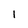
Character: 1